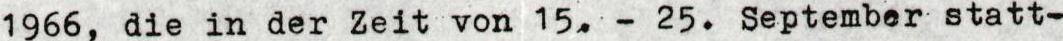
1966, die in der Zeit von 15.-25. September statt-